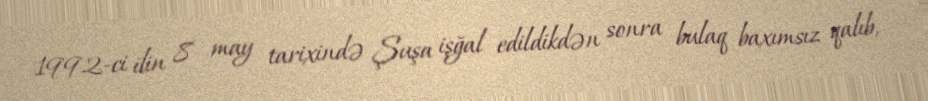
1992-ci ilin 8 may tarixində Şuşa işğal edildikdən sonra bulaq baxımsız qalıb,